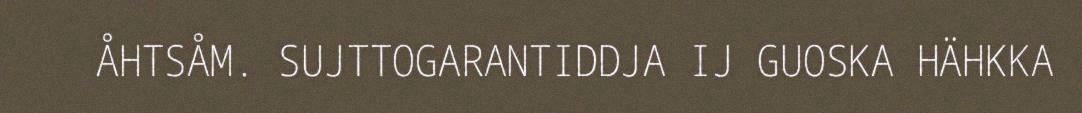
ÅHTSÅM. SUJTTOGARANTIDDJA IJ GUOSKA HÄHKKA